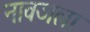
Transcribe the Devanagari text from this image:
नावजला